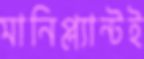
মানিপ্ল্যান্টই